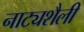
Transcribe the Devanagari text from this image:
नाट्यशैली